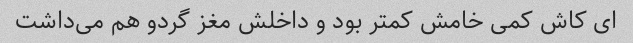
ای کاش کمی خامش کمتر بود و داخلش مغز گردو هم می‌داشت